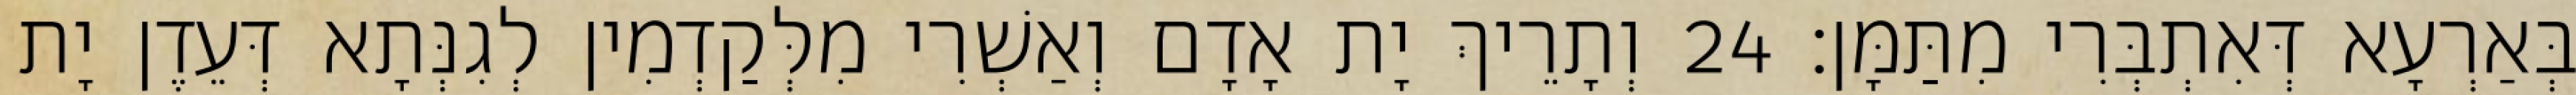
בְּאַרְעָא דְּאִתְבְּרִי מִתַּמָּן׃ 24 וְתָרֵיךְ יָת אָדָם וְאַשְׁרִי מִלְּקַדְמִין לְגִנְּתָא דְּעֵדֶן יָת